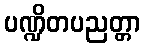
ပဏ္ဍိတပညတ္တာ